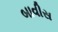
બાવીસ